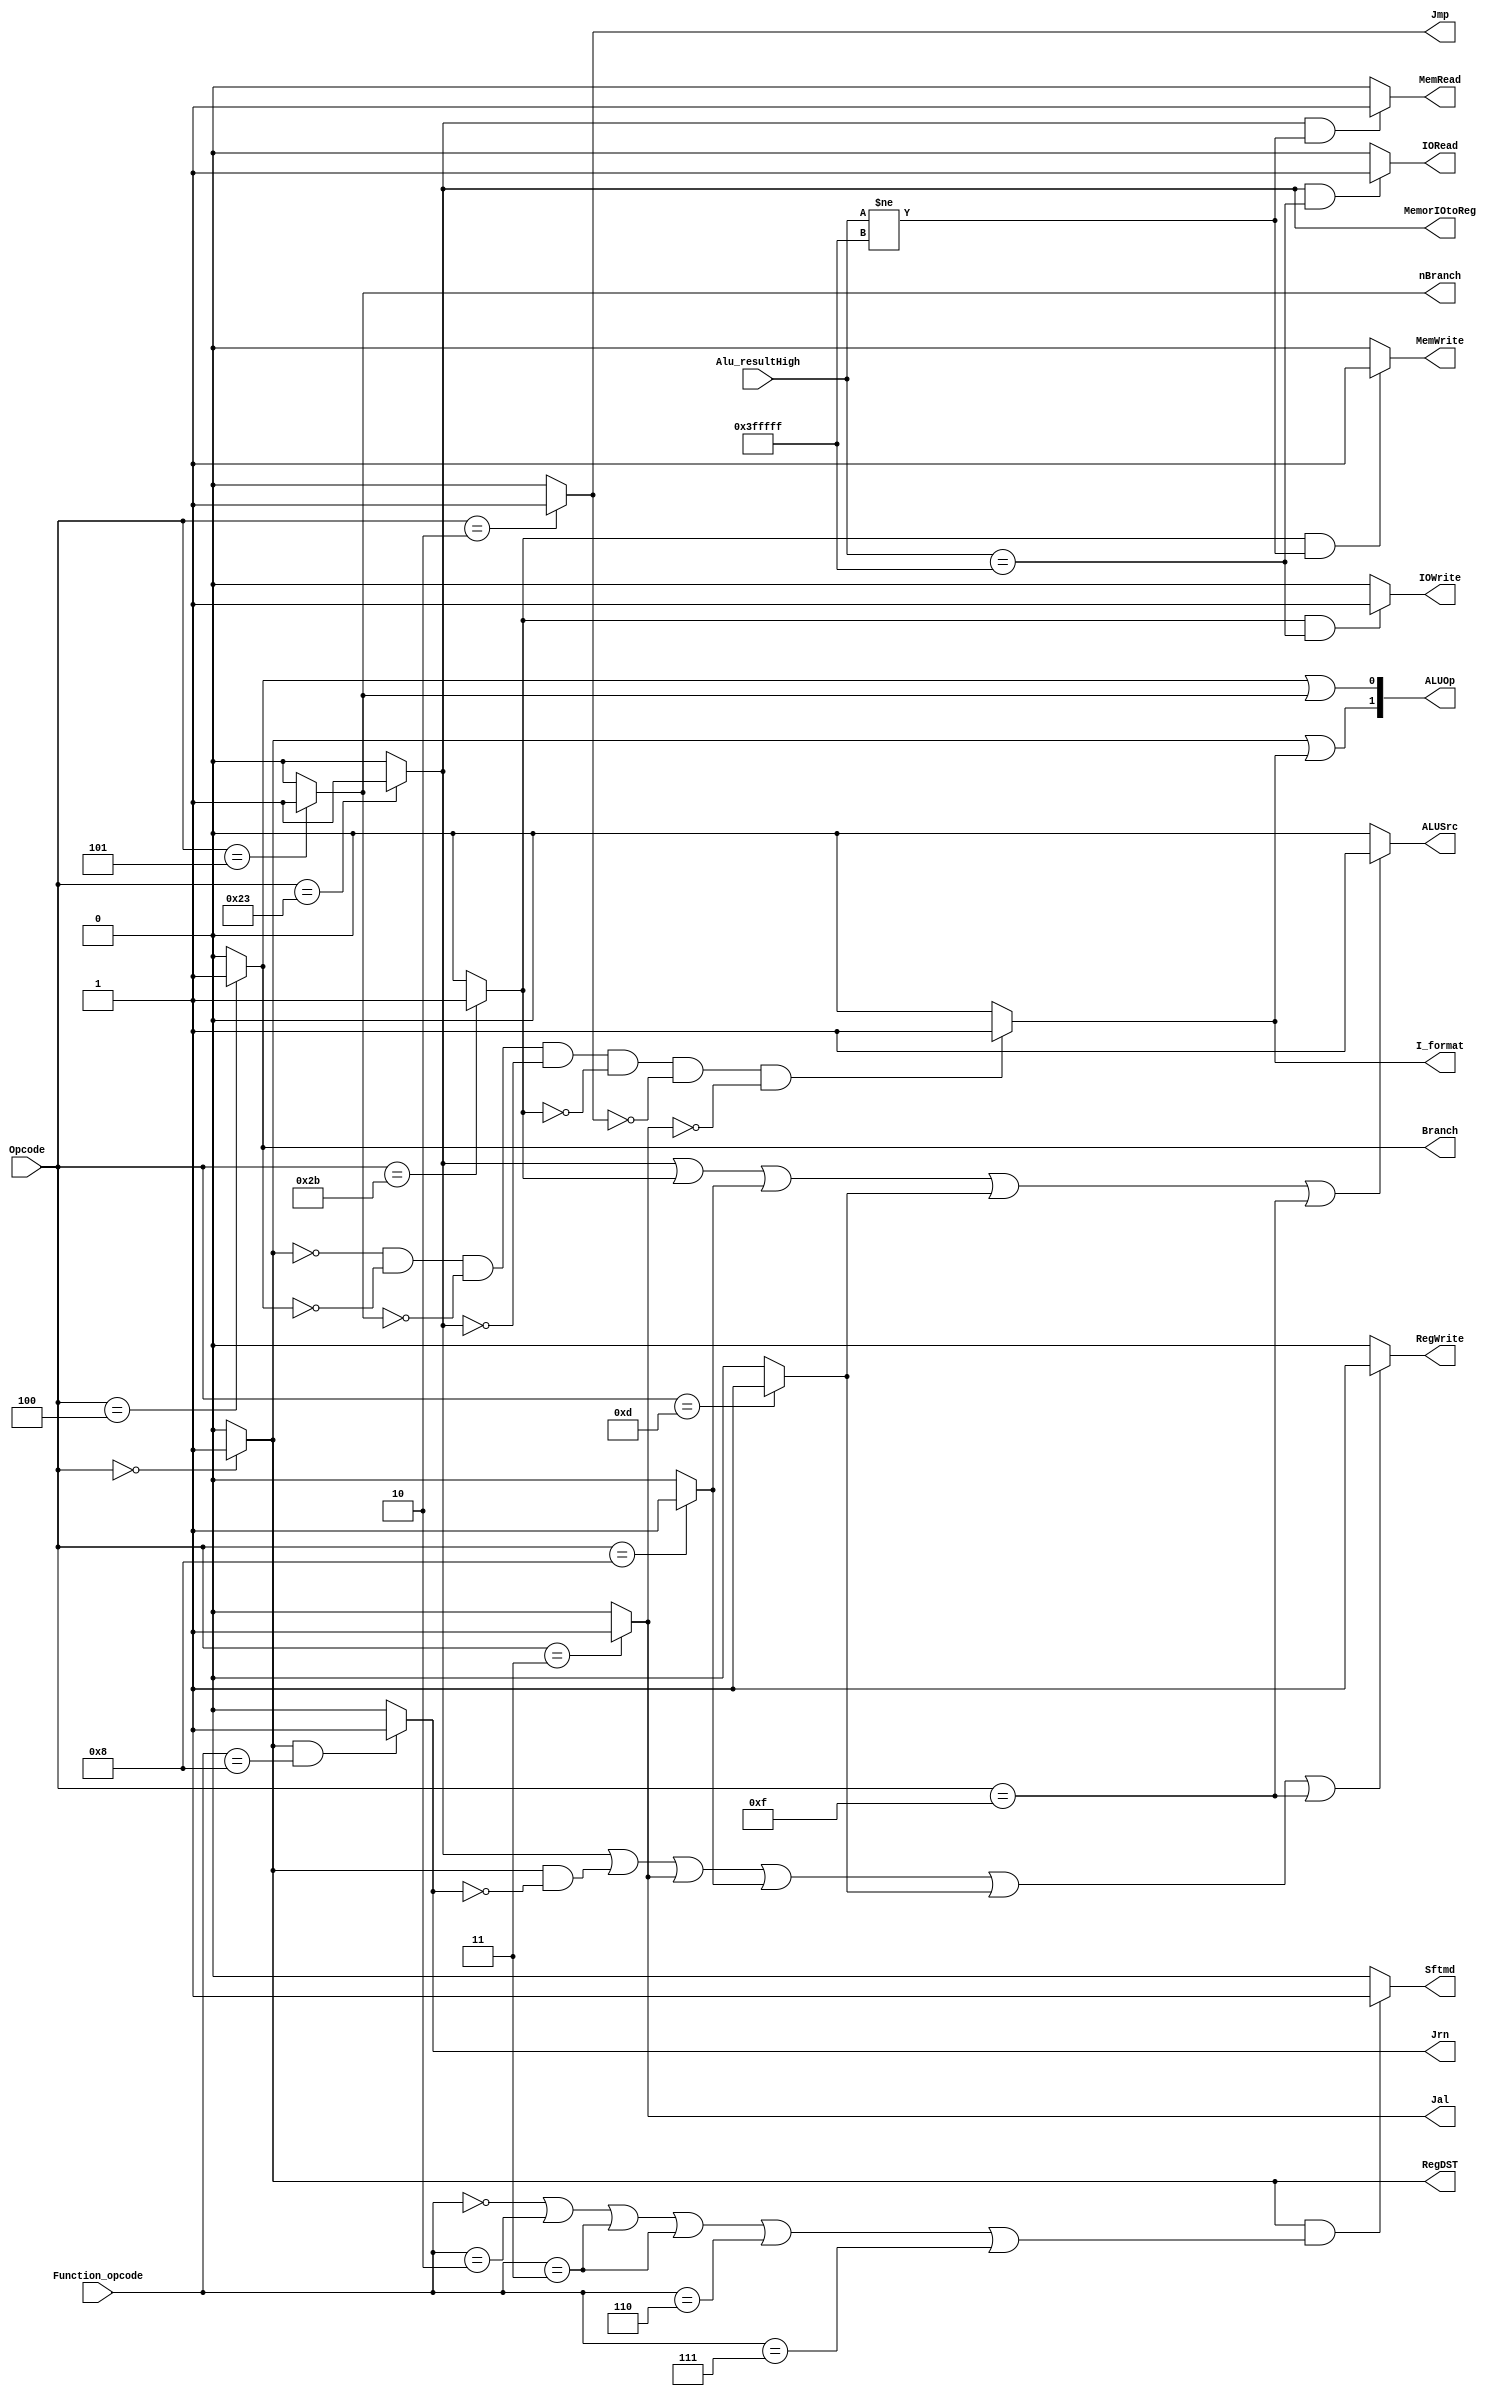
`timescale 1ns / 1ps
//////////////////////////////////////////////////////////////////////////////////
// Company: 
// Engineer: 
// 
// Design Name: 
// Module Name: control32
// Project Name: 
// Target Devices: 
// Tool Versions: 
// Description: 
// 
// Dependencies: 
// 
// Revision:
// Revision 0.01 - File Created
// Additional Comments:
// 
//////////////////////////////////////////////////////////////////////////////////


module control32(
    input[5:0] Opcode,
    input[21:0] Alu_resultHigh,
    input[5:0] Function_opcode,
    
    output Jrn,//jr
    output RegDST,//R_type
    output ALUSrc,//lw,sw,addi
    output MemorIOtoReg,//lw
    output RegWrite,//lw,R_type,jal,addi,not jr
    output MemRead,
    output MemWrite,
    output IORead,
    output IOWrite,
    output Branch,//beq
    output nBranch,//bne
    output Jmp,//j
    output Jal,//jal
    output I_format,//I_type,not beq,bne,lw,sw
    output Sftmd,//sll and srl
    output[1:0] ALUOp
    );
    wire R_format, isLw, isSw, isAddi, isOri;
    
    assign R_format = (Opcode == 6'h00) ? 1'b1 : 1'b0;
    assign isLw = (Opcode == 6'h23) ? 1'b1 : 1'b0;
    assign isSw = (Opcode == 6'h2b) ? 1'b1 : 1'b0;
    assign isOri = (Opcode == 6'h0d) ? 1'b1 : 1'b0;
    assign isAddi = (Opcode == 6'h08) ? 1'b1 : 1'b0;
    
    assign Branch = (Opcode == 6'h04) ? 1'b1 : 1'b0;
    assign nBranch = (Opcode == 6'h05) ? 1'b1 : 1'b0;
    assign Jmp = (Opcode == 6'h02) ? 1'b1 : 1'b0;
    assign Jal = (Opcode == 6'h03) ? 1'b1 : 1'b0;
    assign Jrn = (R_format && Function_opcode == 6'h08) ? 1'b1 : 1'b0;
    
    assign RegDST = R_format;
    assign ALUSrc = (isLw || isSw || isAddi || isOri || Opcode == 6'h0F) ? 1'b1 : 1'b0;
    assign MemorIOtoReg = isLw;
    assign RegWrite = (isLw || (R_format && !Jrn) || Jal || isAddi || isOri || Opcode == 6'h0F) ? 1'b1 : 1'b0;
    
    assign MemRead = (isLw && Alu_resultHigh[21:0] != 22'H3FFFFF) ? 1'b1 : 1'b0;
    assign MemWrite = (isSw && Alu_resultHigh[21:0] != 22'H3FFFFF) ? 1'b1 : 1'b0;
    assign IORead = (isLw && Alu_resultHigh[21:0] == 22'H3FFFFF) ? 1'b1 : 1'b0;
    assign IOWrite = (isSw && Alu_resultHigh[21:0] == 22'H3FFFFF) ? 1'b1 : 1'b0;
    
    assign I_format = (!R_format && !Branch && !nBranch 
                       && !isLw && !isSw && !Jmp && !Jal) ? 1'b1 : 1'b0;
    
    assign Sftmd = (R_format && (Function_opcode == 6'h00 || Function_opcode == 6'h02 || Function_opcode == 6'h03
    ||Function_opcode == 6'h03||Function_opcode == 6'h06||Function_opcode == 6'h07)) ? 1'b1 : 1'b0;
    assign ALUOp = {(R_format || I_format),(Branch || nBranch)};
endmodule